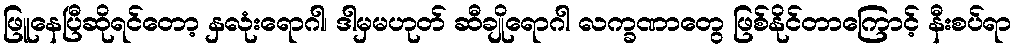
ဖြူနေပြီဆိုရင်တော့ နှလုံးရောဂါ၊ ဒါမှမဟုတ် ဆီချိုရောဂါ လက္ခဏာတွေ ဖြစ်နိုင်တာကြောင့် နီးစပ်ရာ